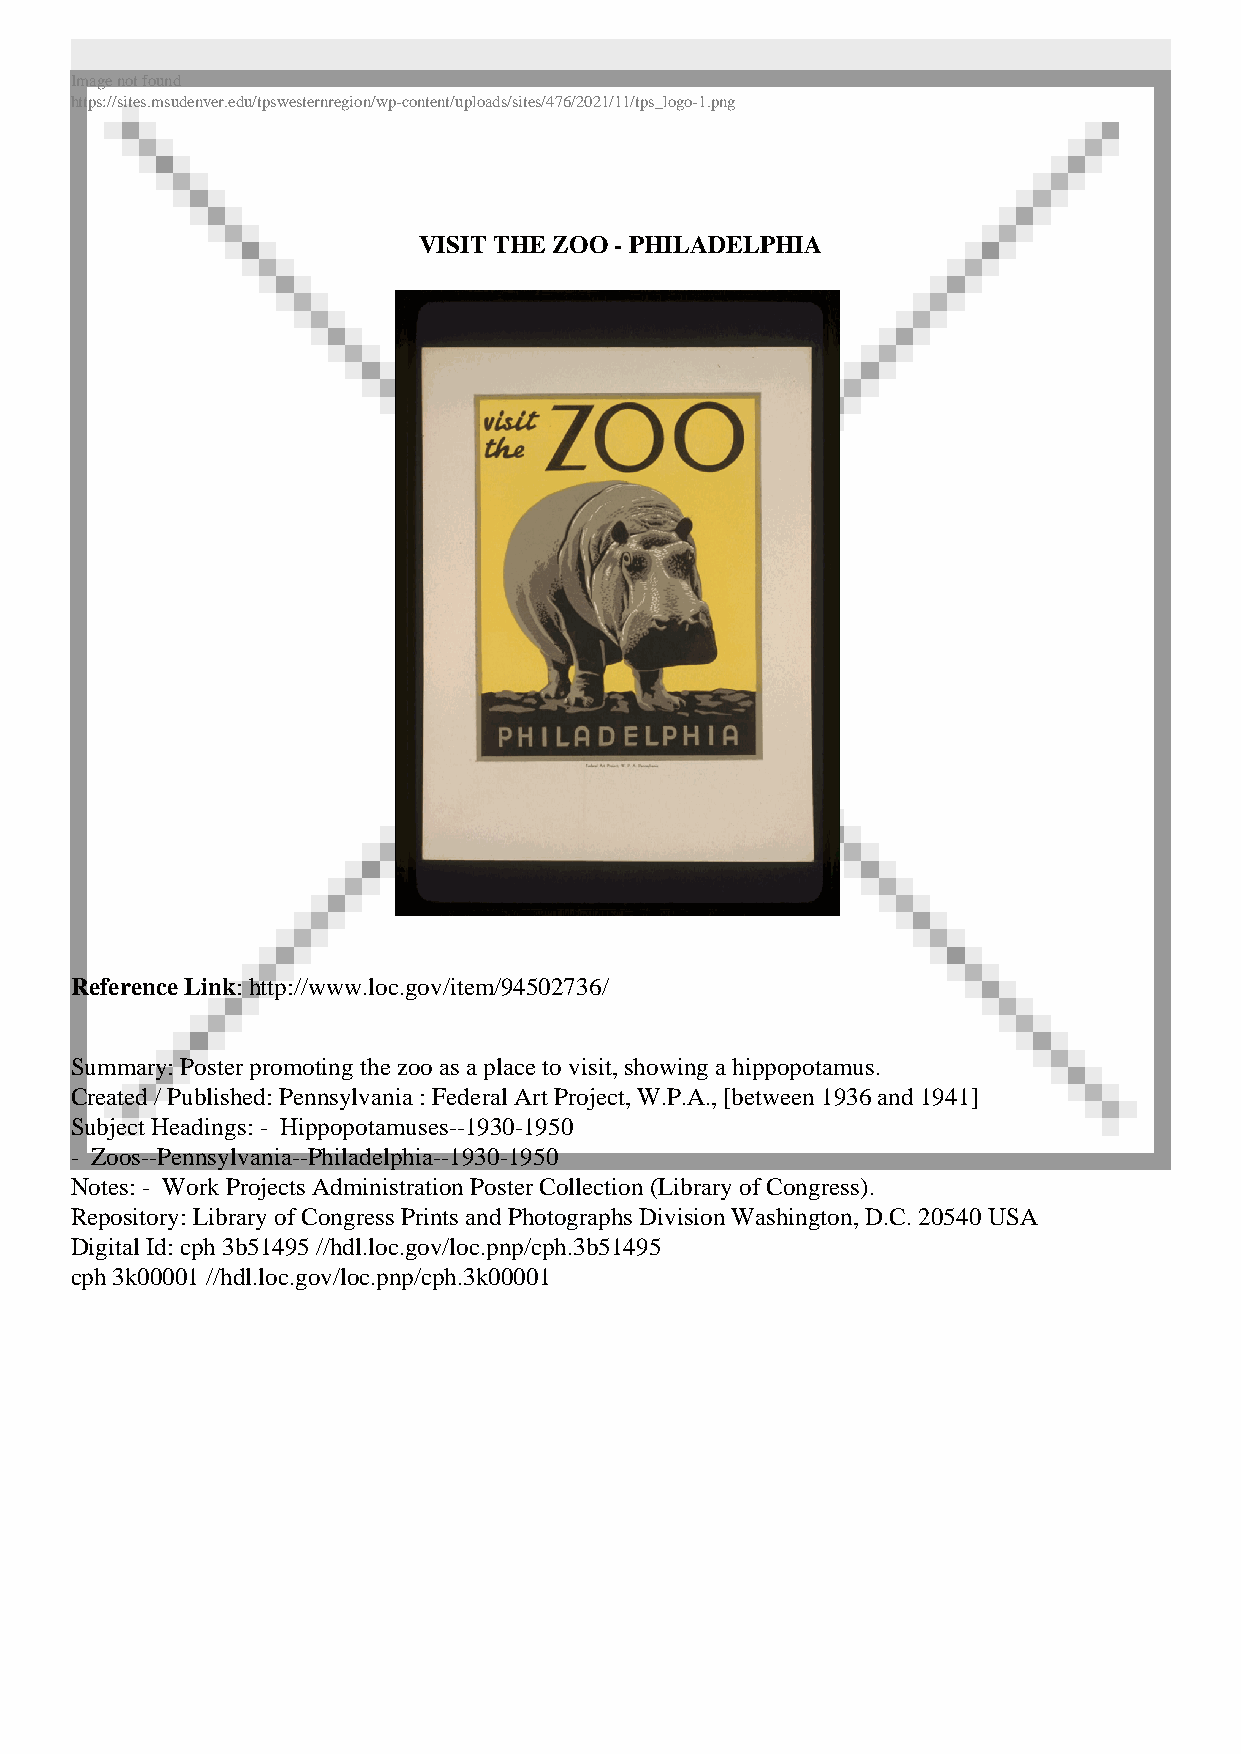
Image not found
 https://sites.msudenver.edu/tpswesternregion/wp-content/uploads/sites/476/2021/11/tps_logo-1.png
 VISIT THE ZOO - PHILADELPHIA
 Reference Link: http://www.loc.gov/item/94502736/
 Summary: Poster promoting the zoo as a place to visit, showing a hippopotamus.
 Created / Published: Pennsylvania : Federal Art Project, W.P.A., [between 1936 and 1941]
 Subject Headings: - Hippopotamuses--1930-1950
 - Zoos--Pennsylvania--Philadelphia--1930-1950
 Notes: - Work Projects Administration Poster Collection (Library of Congress).
 Repository: Library of Congress Prints and Photographs Division Washington, D.C. 20540 USA
 Digital Id: cph 3b51495 //hdl.loc.gov/loc.pnp/cph.3b51495
 cph 3k00001 //hdl.loc.gov/loc.pnp/cph.3k00001